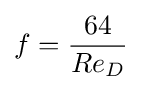
{f={64 \over Re_{D}}}